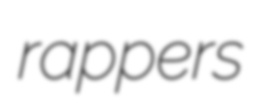
rappers